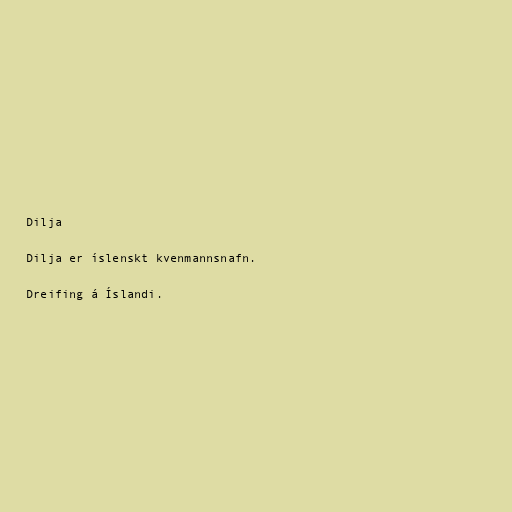
Dilja

Dilja er íslenskt kvenmannsnafn.

Dreifing á Íslandi.